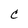
Character: C